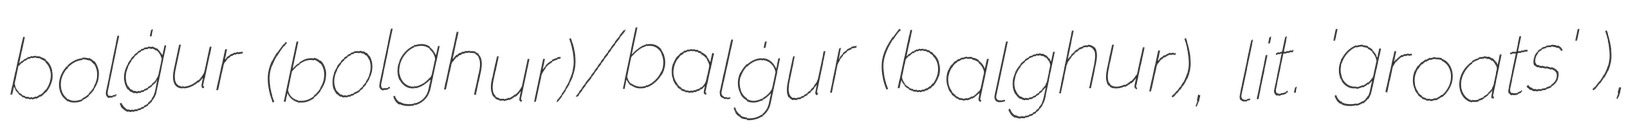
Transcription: bolġur (bolghur)/balġur (balghur), lit. 'groats' ),